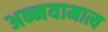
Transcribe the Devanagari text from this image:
अन्नयामात्य